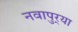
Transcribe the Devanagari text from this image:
नवापुर्‍या